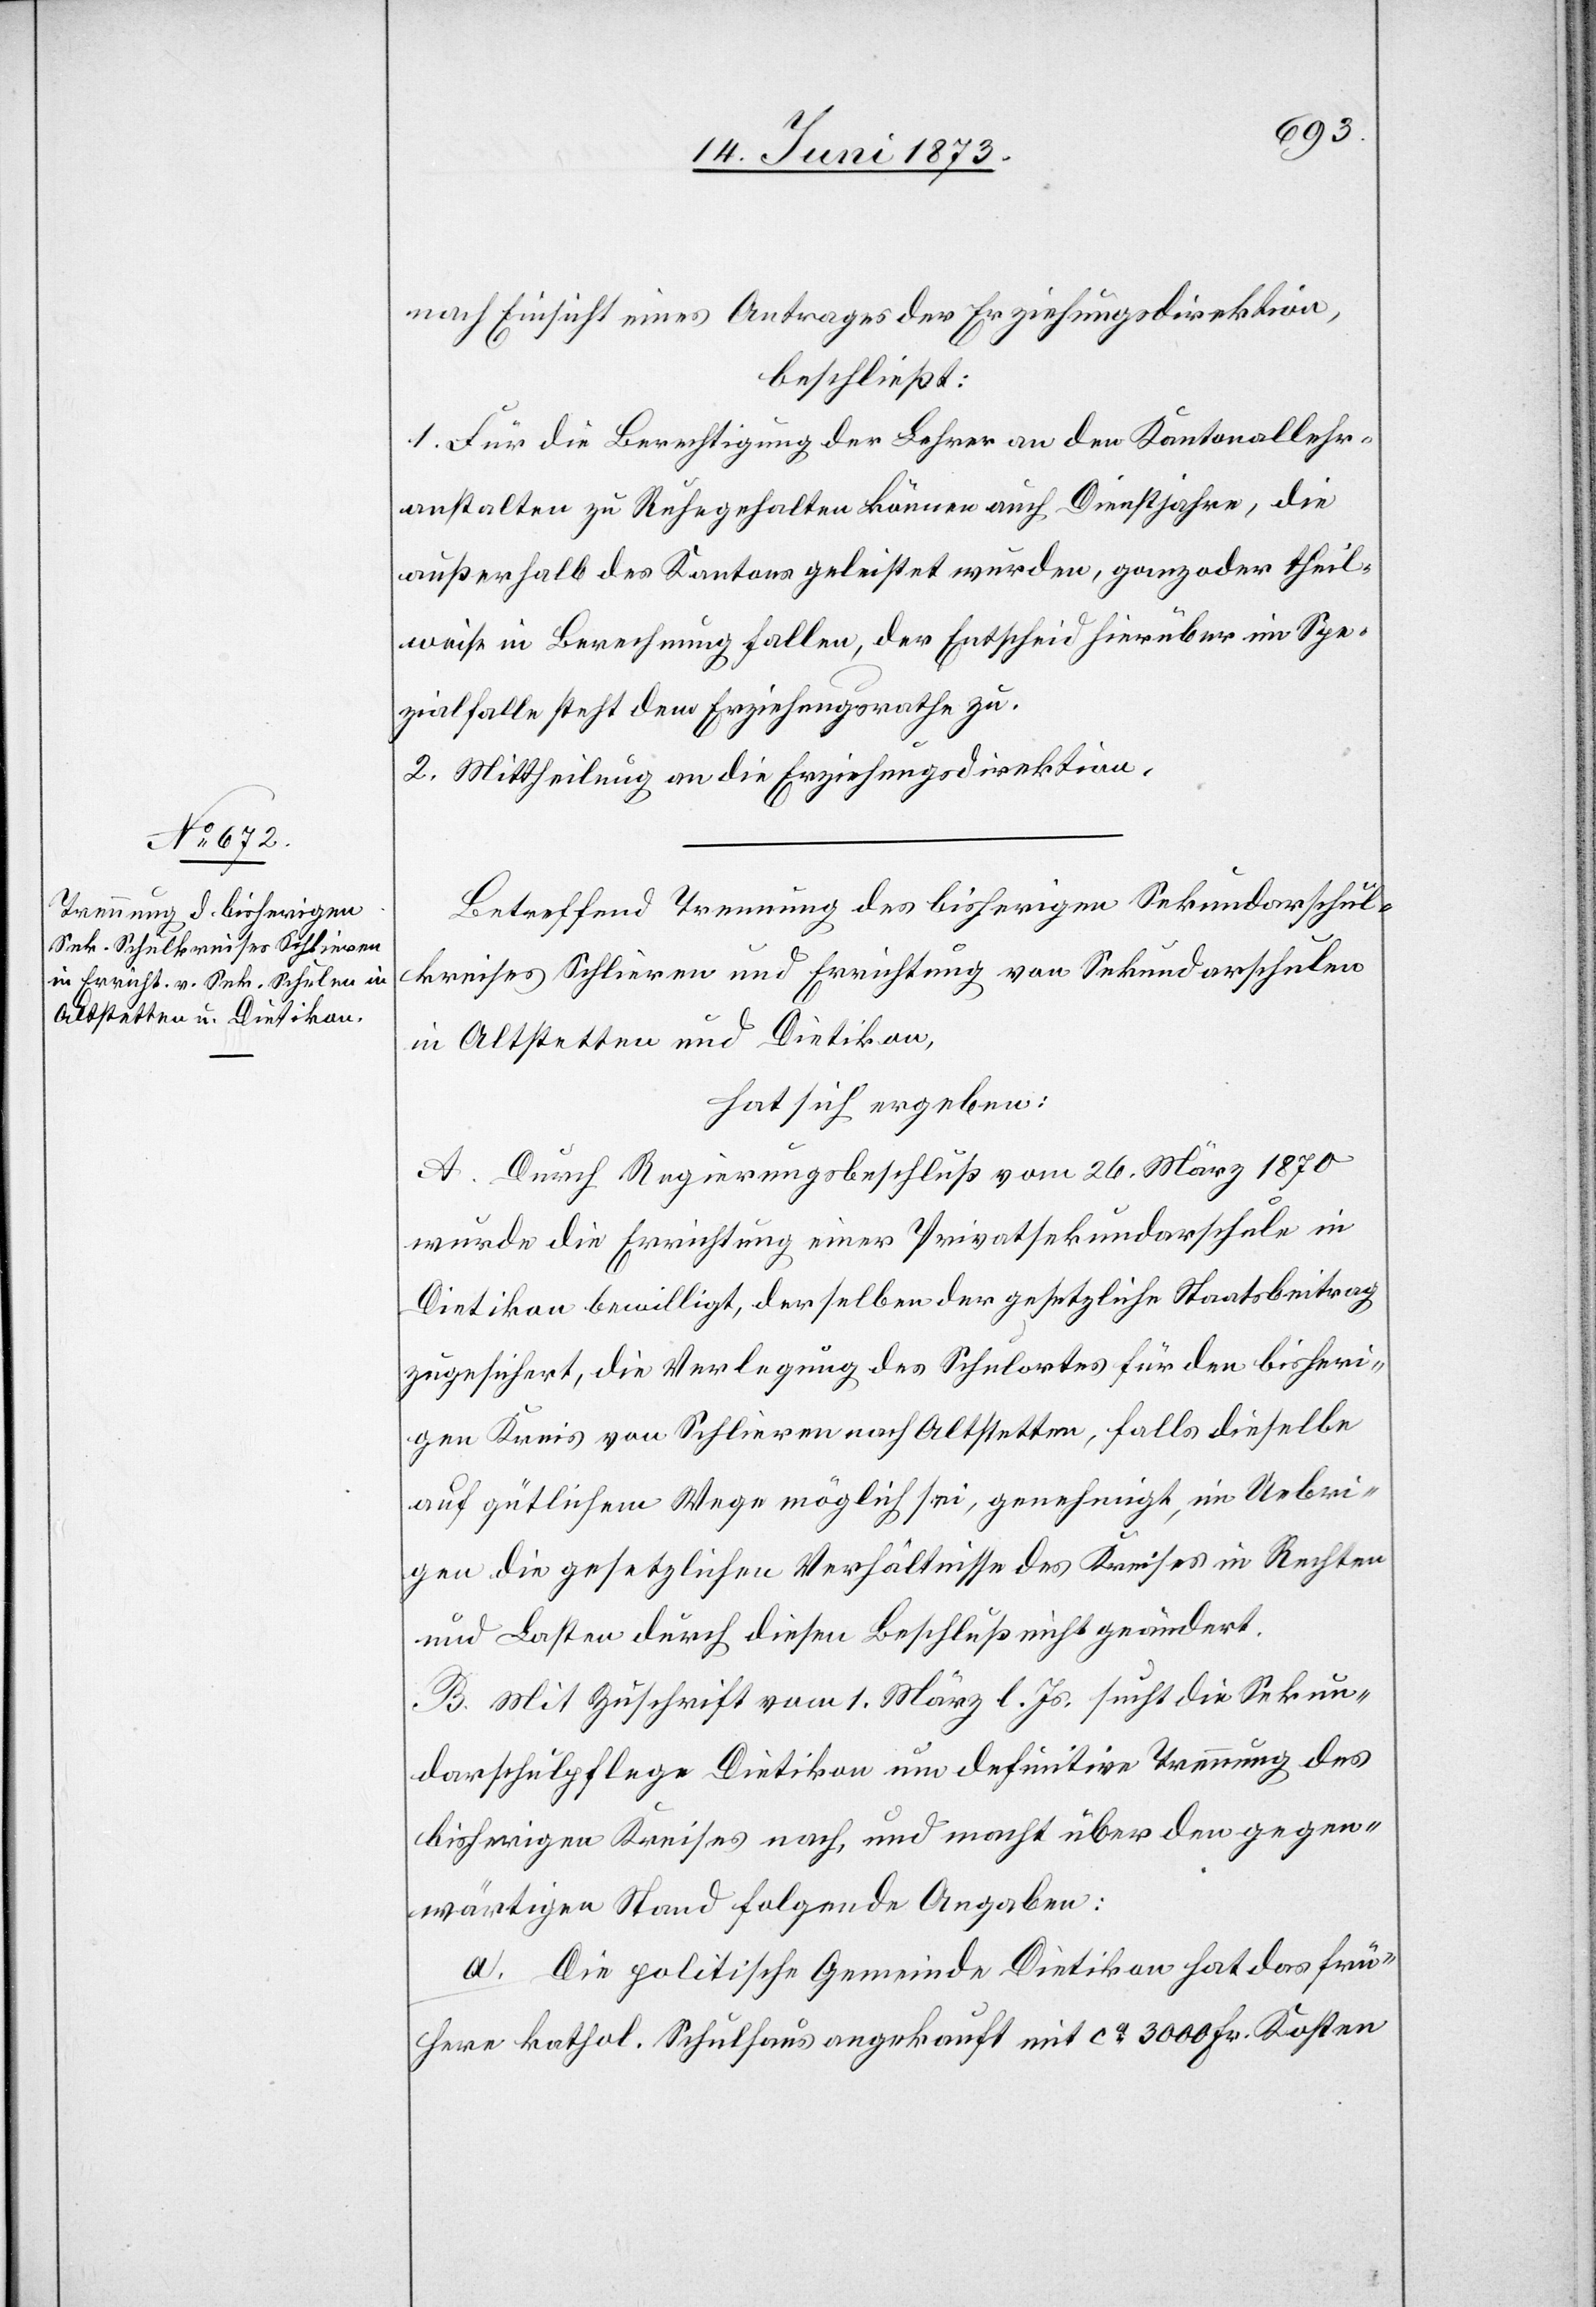
nach Einsicht eines Antrages der Erziehungsdirektion,
beschließt:
1. Für die Berechtigung der Lehrer an den Kantonallehr¬
anstalten zu Ruhegehalten können auch Dienstjahre, die
außerhalb des Kantons geleistet wurden, ganz oder theil¬
weise in Berechnung fallen, der Entscheid hierüber im Spe¬
zialfalle steht dem Erziehungsrathe zu.
2. Mittheilung an die Erziehungsdirektion.
Betreffend Trennung des bisherigen Sekundarschul¬
kreises Schlieren und Errichtung von Sekundarschulen
in Altstetten und Dietikon,
hat sich ergeben:
A. Durch Regierungsbeschluß vom 26. März 1870
wurde die Errichtung einer Privatsekundarschule in
Dietikon bewilligt, derselben der gesetzliche Staatsbeitrag
zugesichert, die Verlegung des Schulortes für den bisheri¬
gen Kreis von Schlieren nach Altstetten, falls dieselbe
auf gütlichem Wege möglich sei, genehmigt, im Uebri¬
gen die gesetzlichen Verhältnisse des Kreises in Rechten
und Lasten durch diesen Beschluß nicht geändert.
B. Mit Zuschrift vom 1. März l. Js. sucht die Sekun¬
darschlupflege Dietikon um definitive Trennung des
bisherigen Kreises nach, und macht über den gegen¬
wärtigen Stand folgende Angaben:
a. Die politische Gemeinde Dietikon hat das frü¬
here kathol. Schulhaus angekauft mit ca 3 000 Fr. Kosten